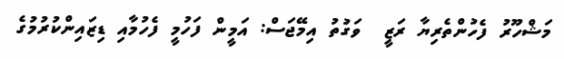
މަޝްހޫރު ފެހުންތެރިޔާ ރަޒީ  ވަގުތު އިމޭޖަސް: އަމީން ފަހުމީ ފެހުމާއި ޑިޒައިންކުރުމުގެ